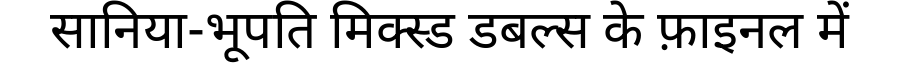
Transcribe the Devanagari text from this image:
सानिया-भूपति मिक्स्ड डबल्स के फ़ाइनल में